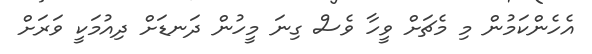
އެހެންކަމުން މި މެޗަށް ވީހާ ވެސް ގިނަ މީހުން ދަނޑަށް ދިއުމަކީ ވަރަށް